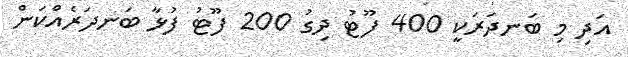
އަދި މި ބަނދަރަކީ 400 ފޫޓު ދިގު 200 ފޫޓު ފުޅާ ބަނދަރެއްކަން